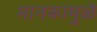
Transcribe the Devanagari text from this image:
मानकामुळे